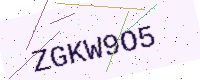
Text: ZGKW9O5